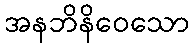
အနဘိနိဝေသော